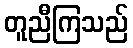
တူညီကြသည်